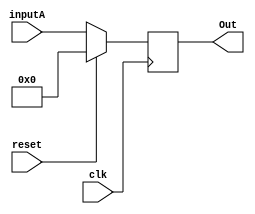
					//ACC
module DFF_register(clk, reset, inputA, Out); 
  input clk;
  input reset;
  input [31:0] inputA;
  output [31:0] Out;
  wire [31:0] zeroes;
  assign zeroes = {32{1'b0}};
  reg [31:0] rst;
  always @(posedge clk)
  begin
    rst = inputA;
    if (reset==1) begin
      rst = 0;
    end
  end
  assign Out = rst;
endmodule